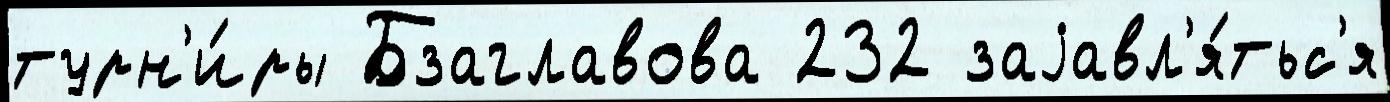
турн'и́ры Бзаглавова 232 заjавл'я́тьс'я